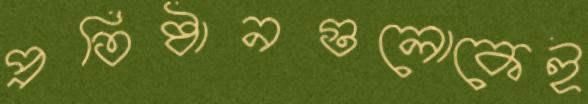
প্রতিষ্ঠানগুলোকেই